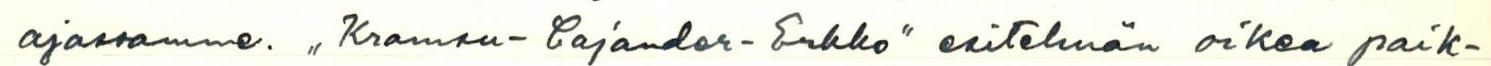
ajassamme. ,,Kramsu-Cajander-Erkko" esitelmän oikea paik-